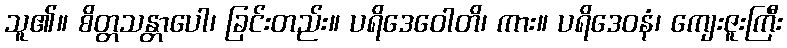
သူ၏။ စိတ္တသန္တာပေါ၊ ခြင်းတည်း။ ပရိဒေဝေါတိ၊ ကား။ ပရိဒေဝနံ၊ ကျေးဇူးကြီး